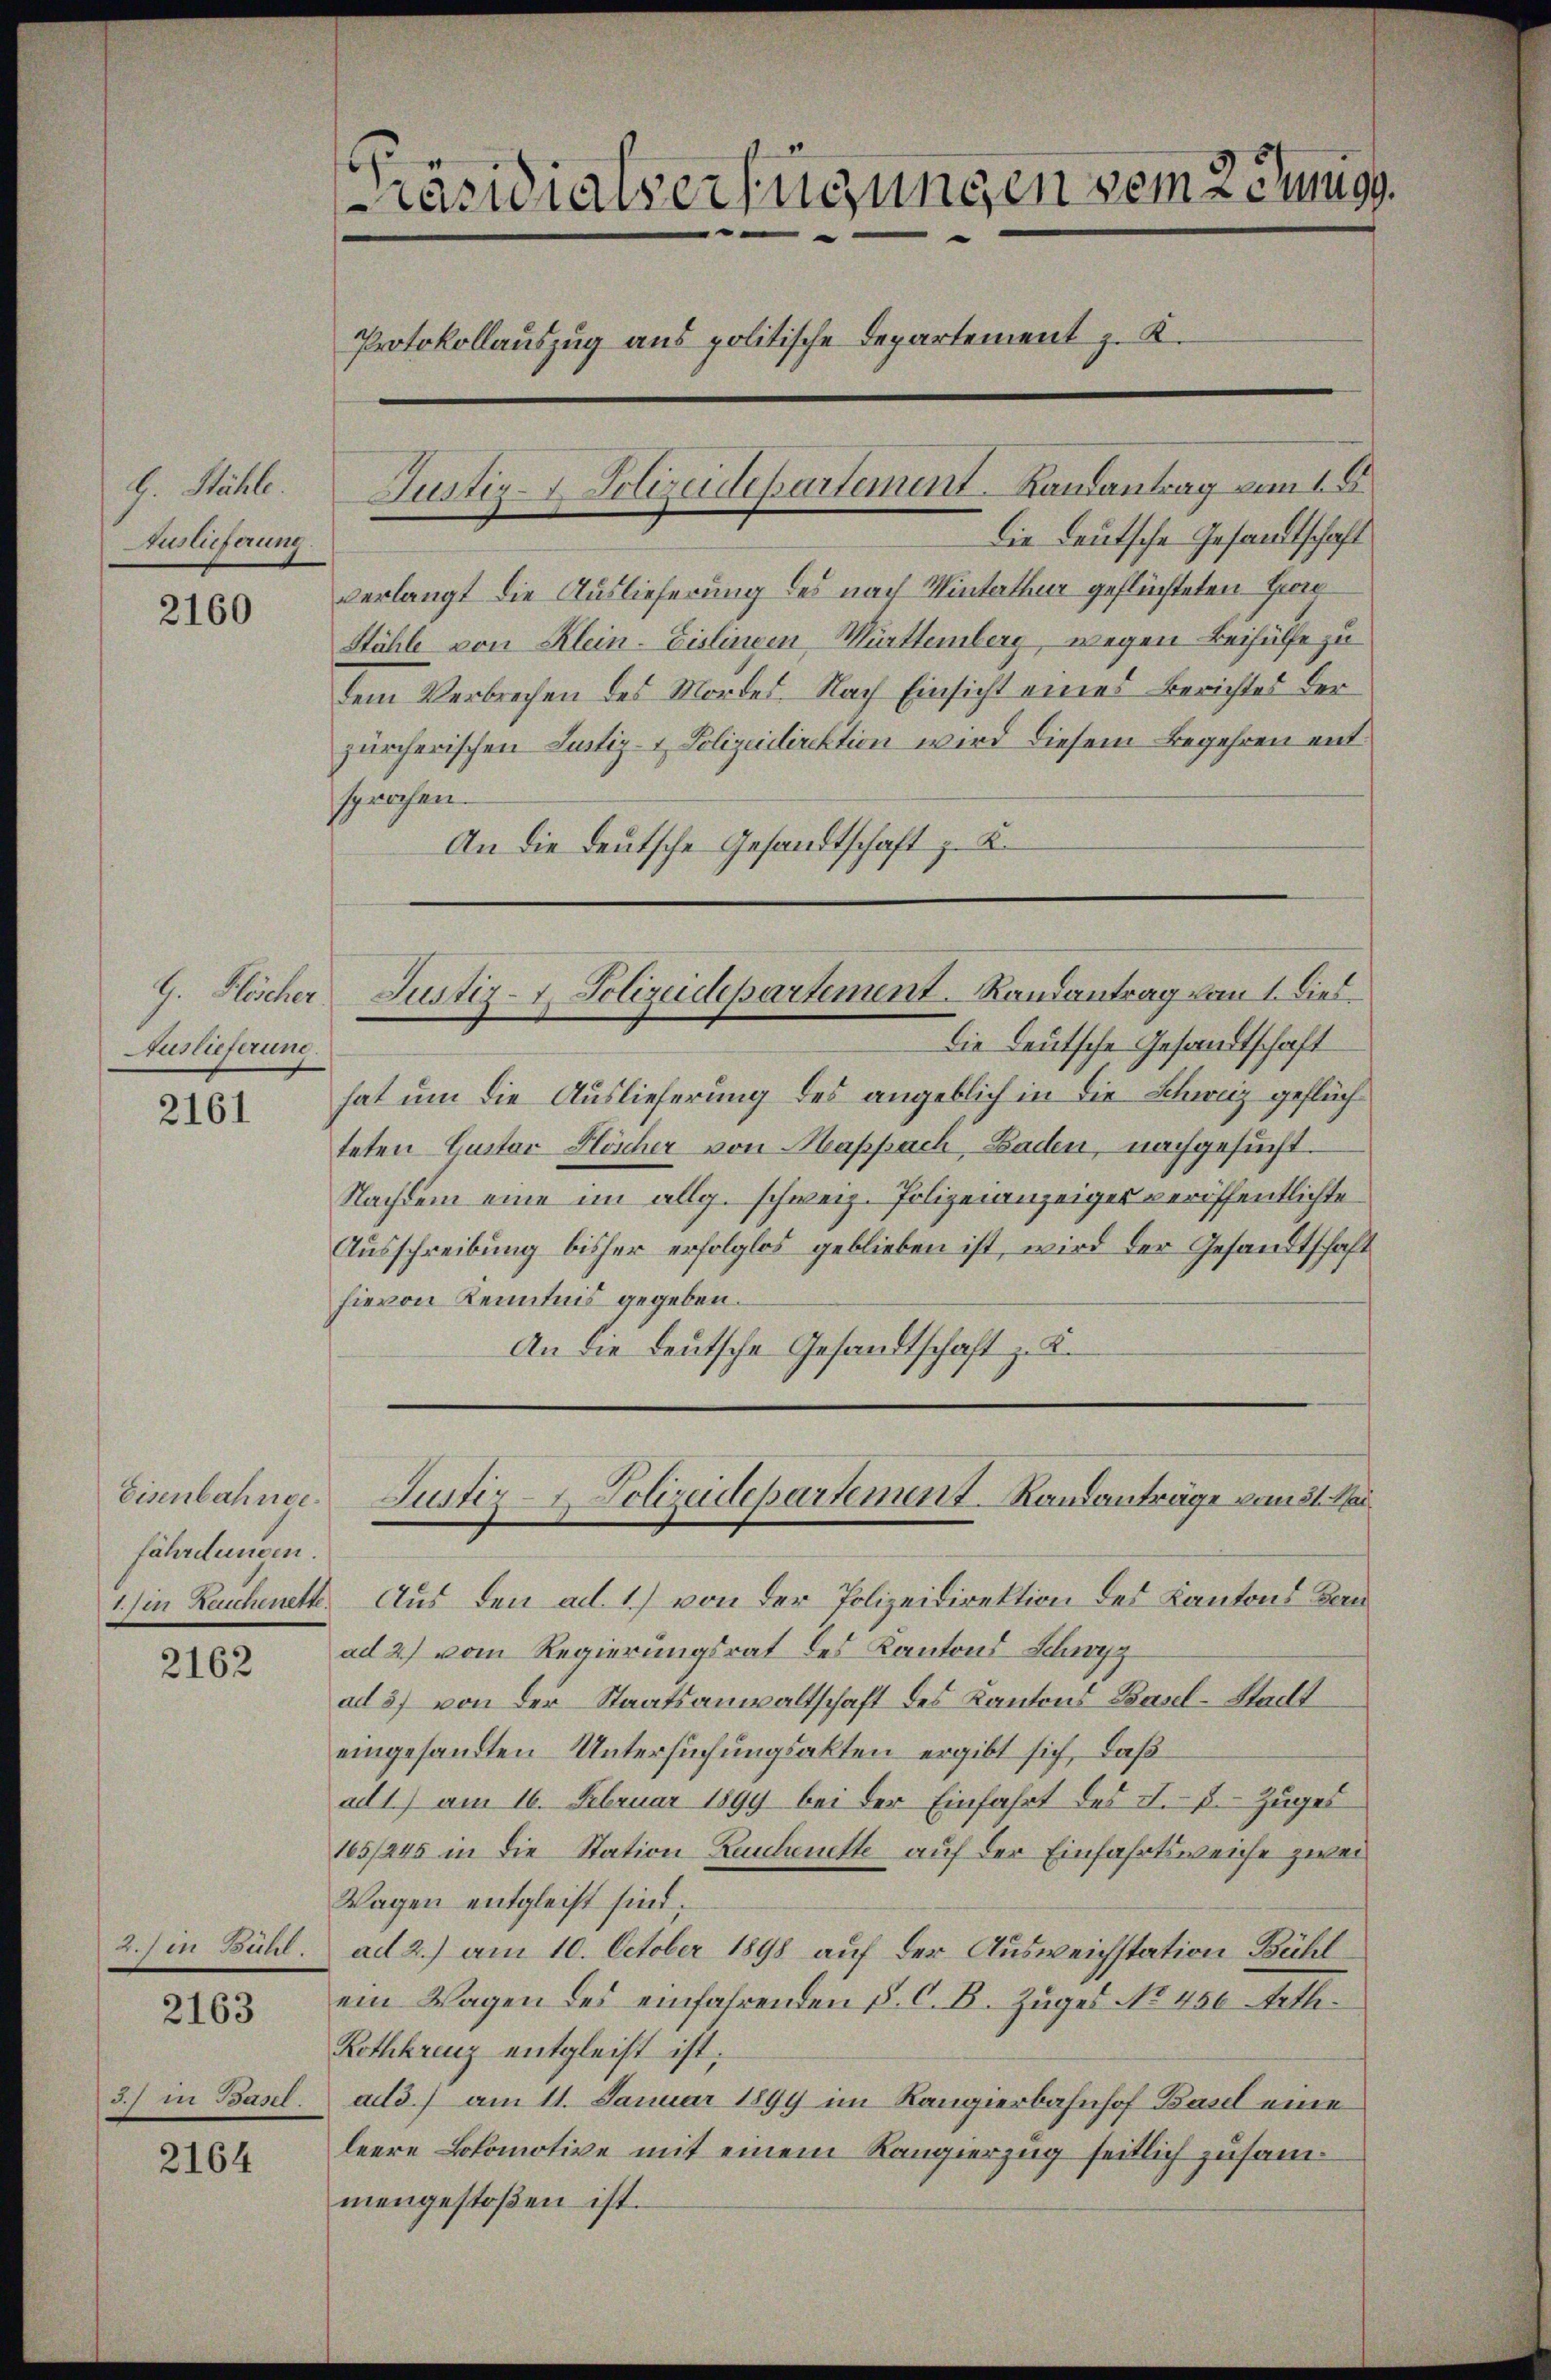
G. Stähle.
Auslieferung.

2160

G. Köscher.
Auslieferung.

2161

Eisenbahnge.
fährdungen.

2162

.15 Batt

2163

3) in Basel

2164

räsidialverfügungen vom 2 tenigs
Protokollauszug aus politische Departement z. K.
Justiz- Polizeidepartement. Landantrag vom 18

Die Deutsche Gesandtschaft
hat um die Auslieferung des angeblich in die Schweiz geflüchteten Custor Flöscher von Mappach, Baden, nachgesucht.
Nachdem eine im allg. schweiz. Polizeianzeiger veröffentlichte
Ausschreibung bisher erfolglos geblieben ist, wird der Gesandtschaft
hievon Kenntnis gegeben.
An die deutsche Gesandtschaft z. B.

Die Leutsche Gesandtschaft
verlangt die Auslieferung des nach Winterthur geflüchteten Her¬
Stähle von Klein-Eislingen Mürttemberg, wegen Beihülfe zu
dem Verbrechen des Mordes Nach Einsicht eines Berichtes der
zürcherischen Justiz- & Polizeidirektion wird diesem Begehren entsprochen.
An die deutsche Gesandtschaft z. K.

Justiz- & Polizeidepartement. Randantrag vom 1. Dieb¬

1. in Reuchenett. Aus den ad 1.) von der Polizeidirektion des Kantons Canad 2) vom Regierungsrat des Kantons Schwyz
ad 3) von der Staatsanwaltschaft des Kantons Basel-Stadt
eingesandten Untersuchungsakten ergibt sich, daß
ad 1) am 16. Februar 1899 bei der Einfahrt des I. p. Zuges
165/245 in die Station Zuschritte auf der Einfahrtsweiche zwei
Wagen entgleicht sind.
ad 2.) am 10. October 1898 auf der Ausweichstation Bühl
ein Wagen des einfahrenden §. C. B. Zuges No 430. Jetli¬
Rethkreuz entgleist ist;
aid) am 11. Januar 1899 im Rangierbahnhof Basel eine
leere Lokomotive mit einem Rangierzug seitlich zusammengestoßen ist.

Justiz-Polizeidepartement Randanträge vom 31. Mar